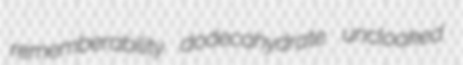
rememberability dodecahydrate uncloaked